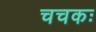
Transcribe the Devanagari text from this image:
चचकः